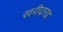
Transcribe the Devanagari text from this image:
खरीदारइ